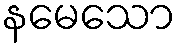
နမေသော